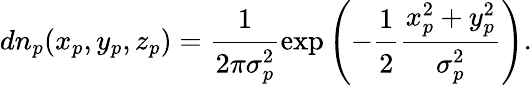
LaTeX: dn_{p}(x_{p},y_{p},z_{p})=\cfrac{1}{2\pi\sigma_{p}^{2}}\exp\left(-\cfrac{1}{2}\cfrac{x_{p}^{2}+y_{p}^{2}}{\sigma_{p}^{2}}\right).